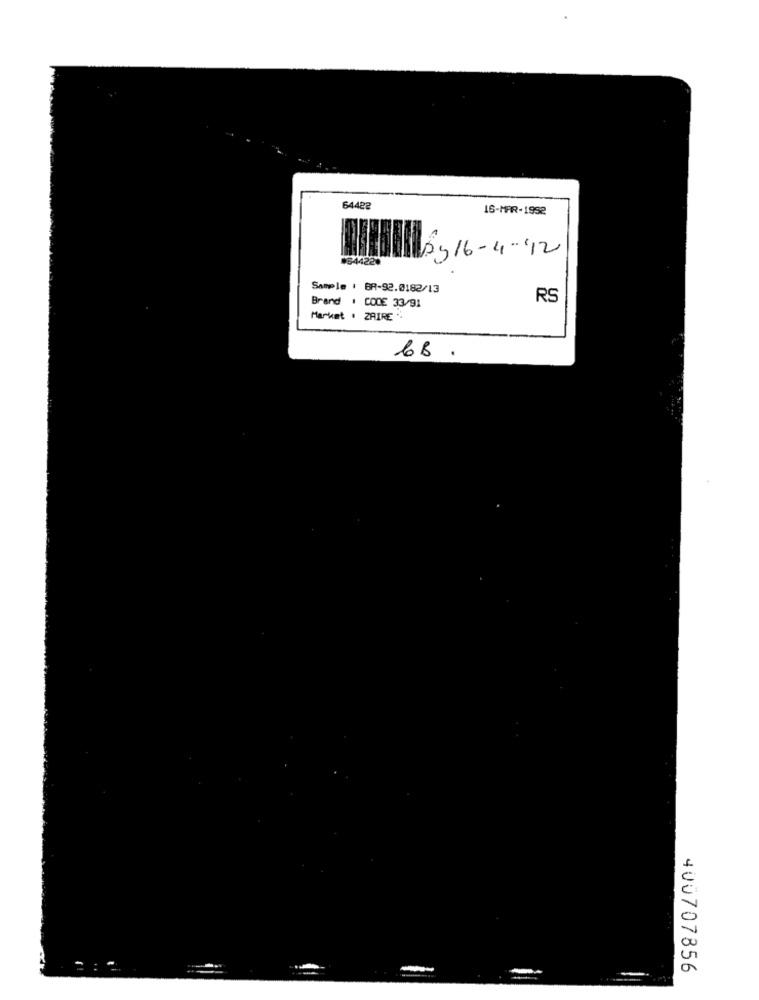
64422
16-MAR-1992
34422.
By16-4-12
Sample : BR-92.0182/13
Brand : CODE 33/91
RS
Market . ZAIRE
6B .
400707856